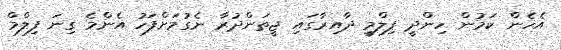
އެހެން ކަމުން ހިންދީ ފިލްމީ ދާއިރާގައި ޖީތަންދުރާ ނެގުމަށްފަހު އެންމެ ގިނަ ފިލްމް